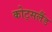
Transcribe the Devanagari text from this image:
कोट्सलैंड